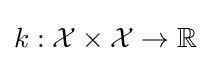
k:{\mathcal {X}}\times {\mathcal {X}}\to \mathbb {R}